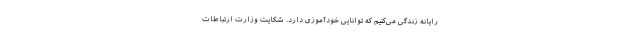
رایانه زندگی می‌کنیم که توانایی خودآموزی دارد. شکایت وزارت ارتباطات